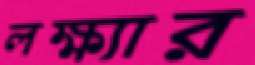
লক্ষ্যার